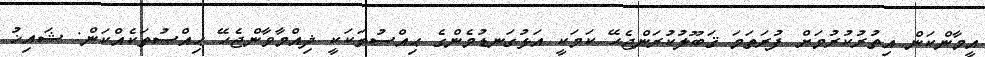
އީމާންކަން އިތުރުކުރުމަށް ފުރަތަމަ ޤަބޫލުކުރަންޖެހޭ ކަމަކީ އަޅުގަނޑުމެންގެ ޙިއްސުތަކަކީ ޛިއްމާވާންޖެހޭ ޙިއްސުތަކެއްކަން: ޝައިޚު